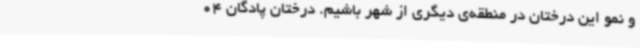
و نمو این درختان در منطقه‌ی دیگری از شهر باشیم. درختان پادگان 04